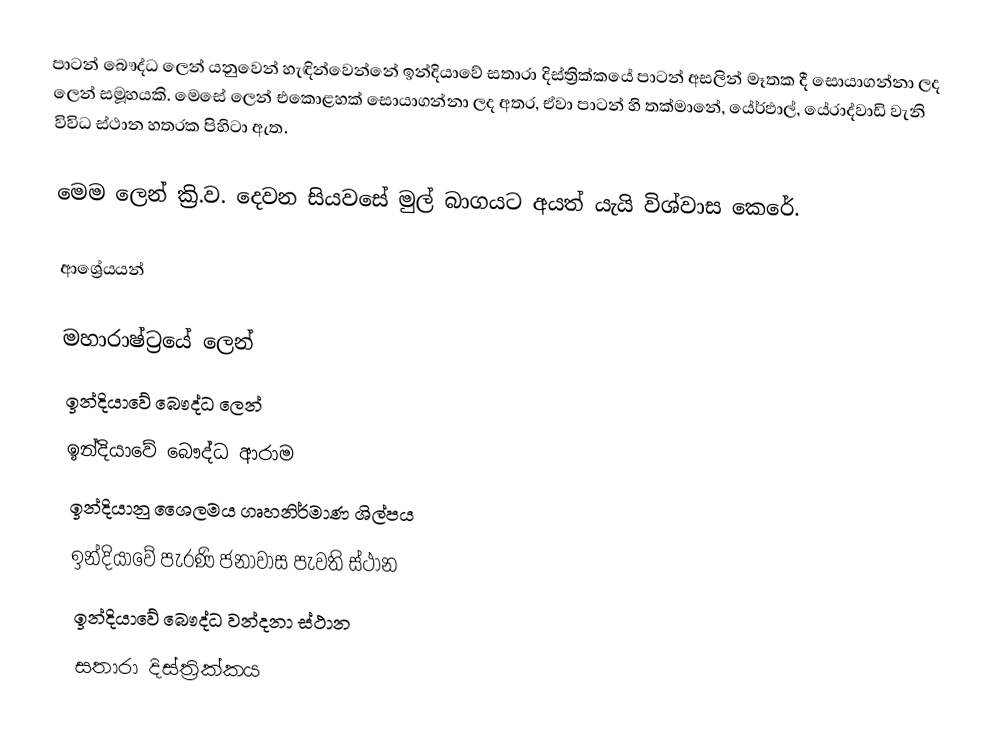
පාටන් බෞද්ධ ලෙන් ‍යනුවෙන් හැඳින්වෙන්නේ ඉන්දියාවේ සතාරා දිස්ත්‍රික්කයේ පාටන් අසලින් මෑතක දී සොයාගන්නා ලද ලෙන් සමූහයකි. මෙසේ ලෙන් එකොළහක් සොයාගන්නා ලද අතර, ඒවා පාටන් හි තක්මානේ, යේර්ඵාල්, යේරාද්වාඩි වැනි විවිධ ස්ථාන හතරක පිහිටා ඇත.

මෙම ලෙන් ක්‍රි.ව. දෙවන සියවසේ මුල් බාගයට අයත් යැයි විශ්වාස කෙරේ.

ආශ්‍රේයයන්

මහාරාෂ්ට්‍රයේ ලෙන්
ඉන්දියාවේ බෞද්ධ ලෙන්
ඉන්දියාවේ බෞද්ධ ආරාම
ඉන්දියානු ශෛලමය ගෘහනිර්මාණ ශිල්පය
ඉන්දියාවේ පැරණි ජනාවාස පැවති ස්ථාන
ඉන්දියාවේ බෞද්ධ වන්දනා ස්ථාන
සතාරා දිස්ත්‍රික්කය